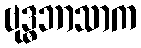
ဗုဒ္ဓဘာသာက